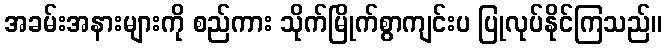
အခမ်းအနားများကို စည်ကား သိုက်မြိုက်စွာကျင်းပ ပြုလုပ်နိုင်ကြသည်။